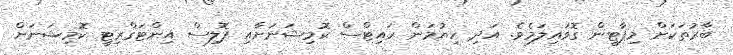
ބާރުތަކަށް މިޕާޓީން ގޮވައިލަމެވެ. އަދި ހިޔުމަން ރައިޓްސް ކޮމިޝަނަށާއި ޕޮލިސް އިންޓަގްރިޓީ ކޮމިޝަނަށް